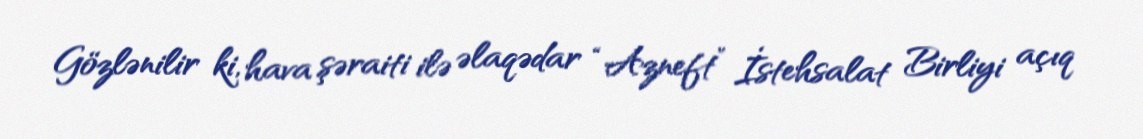
Gözlənilir ki, hava şəraiti ilə əlaqədar “Azneft” İstehsalat Birliyi açıq